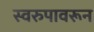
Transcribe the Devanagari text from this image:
स्वरुपावरून